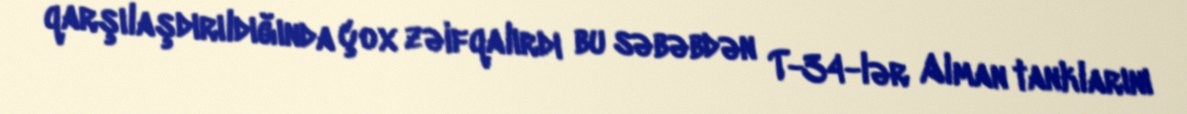
qarşılaşdırıldığında çox zəifqalırdı bu səbəbdən T-34-lər Alman tanklarını